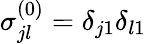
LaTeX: \sigma_{jl}^{(0)}=\delta_{j1}\delta_{l1}